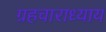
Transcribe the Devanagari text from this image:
ग्रहचाराध्याय